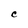
Character: C